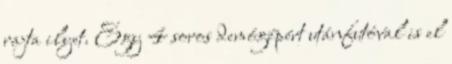
rajta ilyet. Egy 4 soros demógépért utánfutóval is el